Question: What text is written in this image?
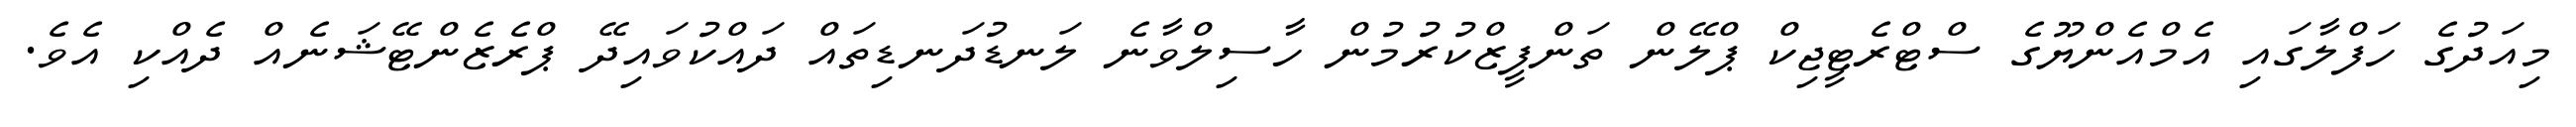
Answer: މިއަދުގެ ހަފްލާގައި އެމްއެންޔޫގެ ސްޓްރެޓީޖިކް ޕްލޭން ތަންފީޒްކުރުމުން ހާސިލްވާނެ ލަނޑުދަނޑިތައް ދައްކުވައިދޭ ޕްރެޒެންޓޭޝަނެއް ދެއްކި އެވެ.